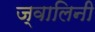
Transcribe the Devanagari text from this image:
ज्वालिनी